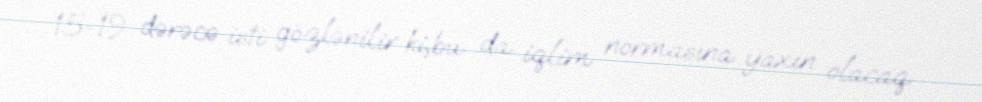
15-19 dərəcə isti gözlənilir ki,bu da iqlim normasına yaxın olacaq.